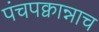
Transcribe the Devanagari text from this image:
पंचपक्वान्नाच